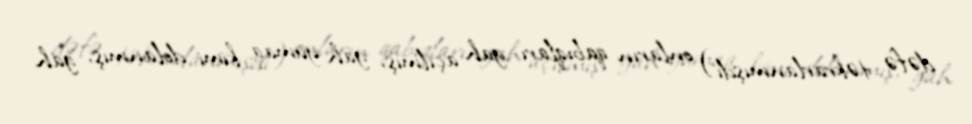
dəfə təkrarlanmışdı) onların qabıqları gah açılmış, gah yumaq kimi dolanmış, gah